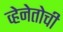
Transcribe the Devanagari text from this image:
व्हेनेतोची